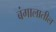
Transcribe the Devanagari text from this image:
बंगालातील